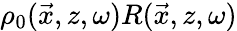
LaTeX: \rho_{0}(\vec{x},z,\omega)R(\vec{x},z,\omega)